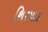
શિરમોડ